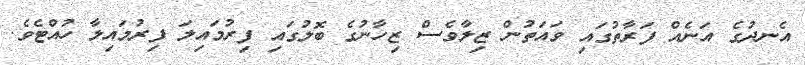
އެނދުގެ އަނެއް ފަރާތުގައި ވައަތުން ޒިލާވެސް ޒިހާނުގެ ބޮލުގައި ފިރުމައިލަ ފިރުމައިލާ ހުއްޓެވެ.